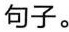
句子。